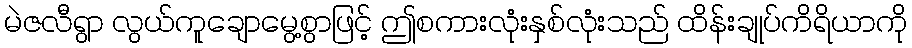
မဲဇလီရွာ လွယ်ကူချောမွေ့စွာဖြင့် ဤစကားလုံးနှစ်လုံးသည် ထိန်းချုပ်ကိရိယာကို